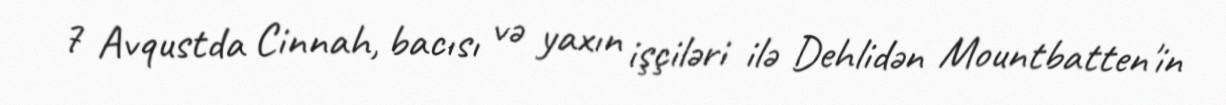
7 Avqustda Cinnah, bacısı və yaxın işçiləri ilə Dehlidən Mountbatten'in